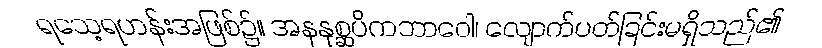
ရသေ့ရဟန်းအဖြစ်၌။ အနနုစ္ဆပိကဘာဝေါ၊ လျောက်ပတ်ခြင်းမရှိသည်၏